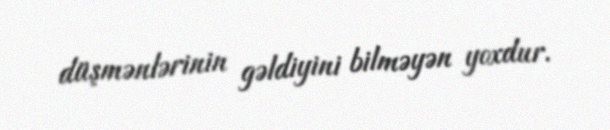
düşmənlərinin gəldiyini bilməyən yoxdur.